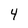
Character: 4